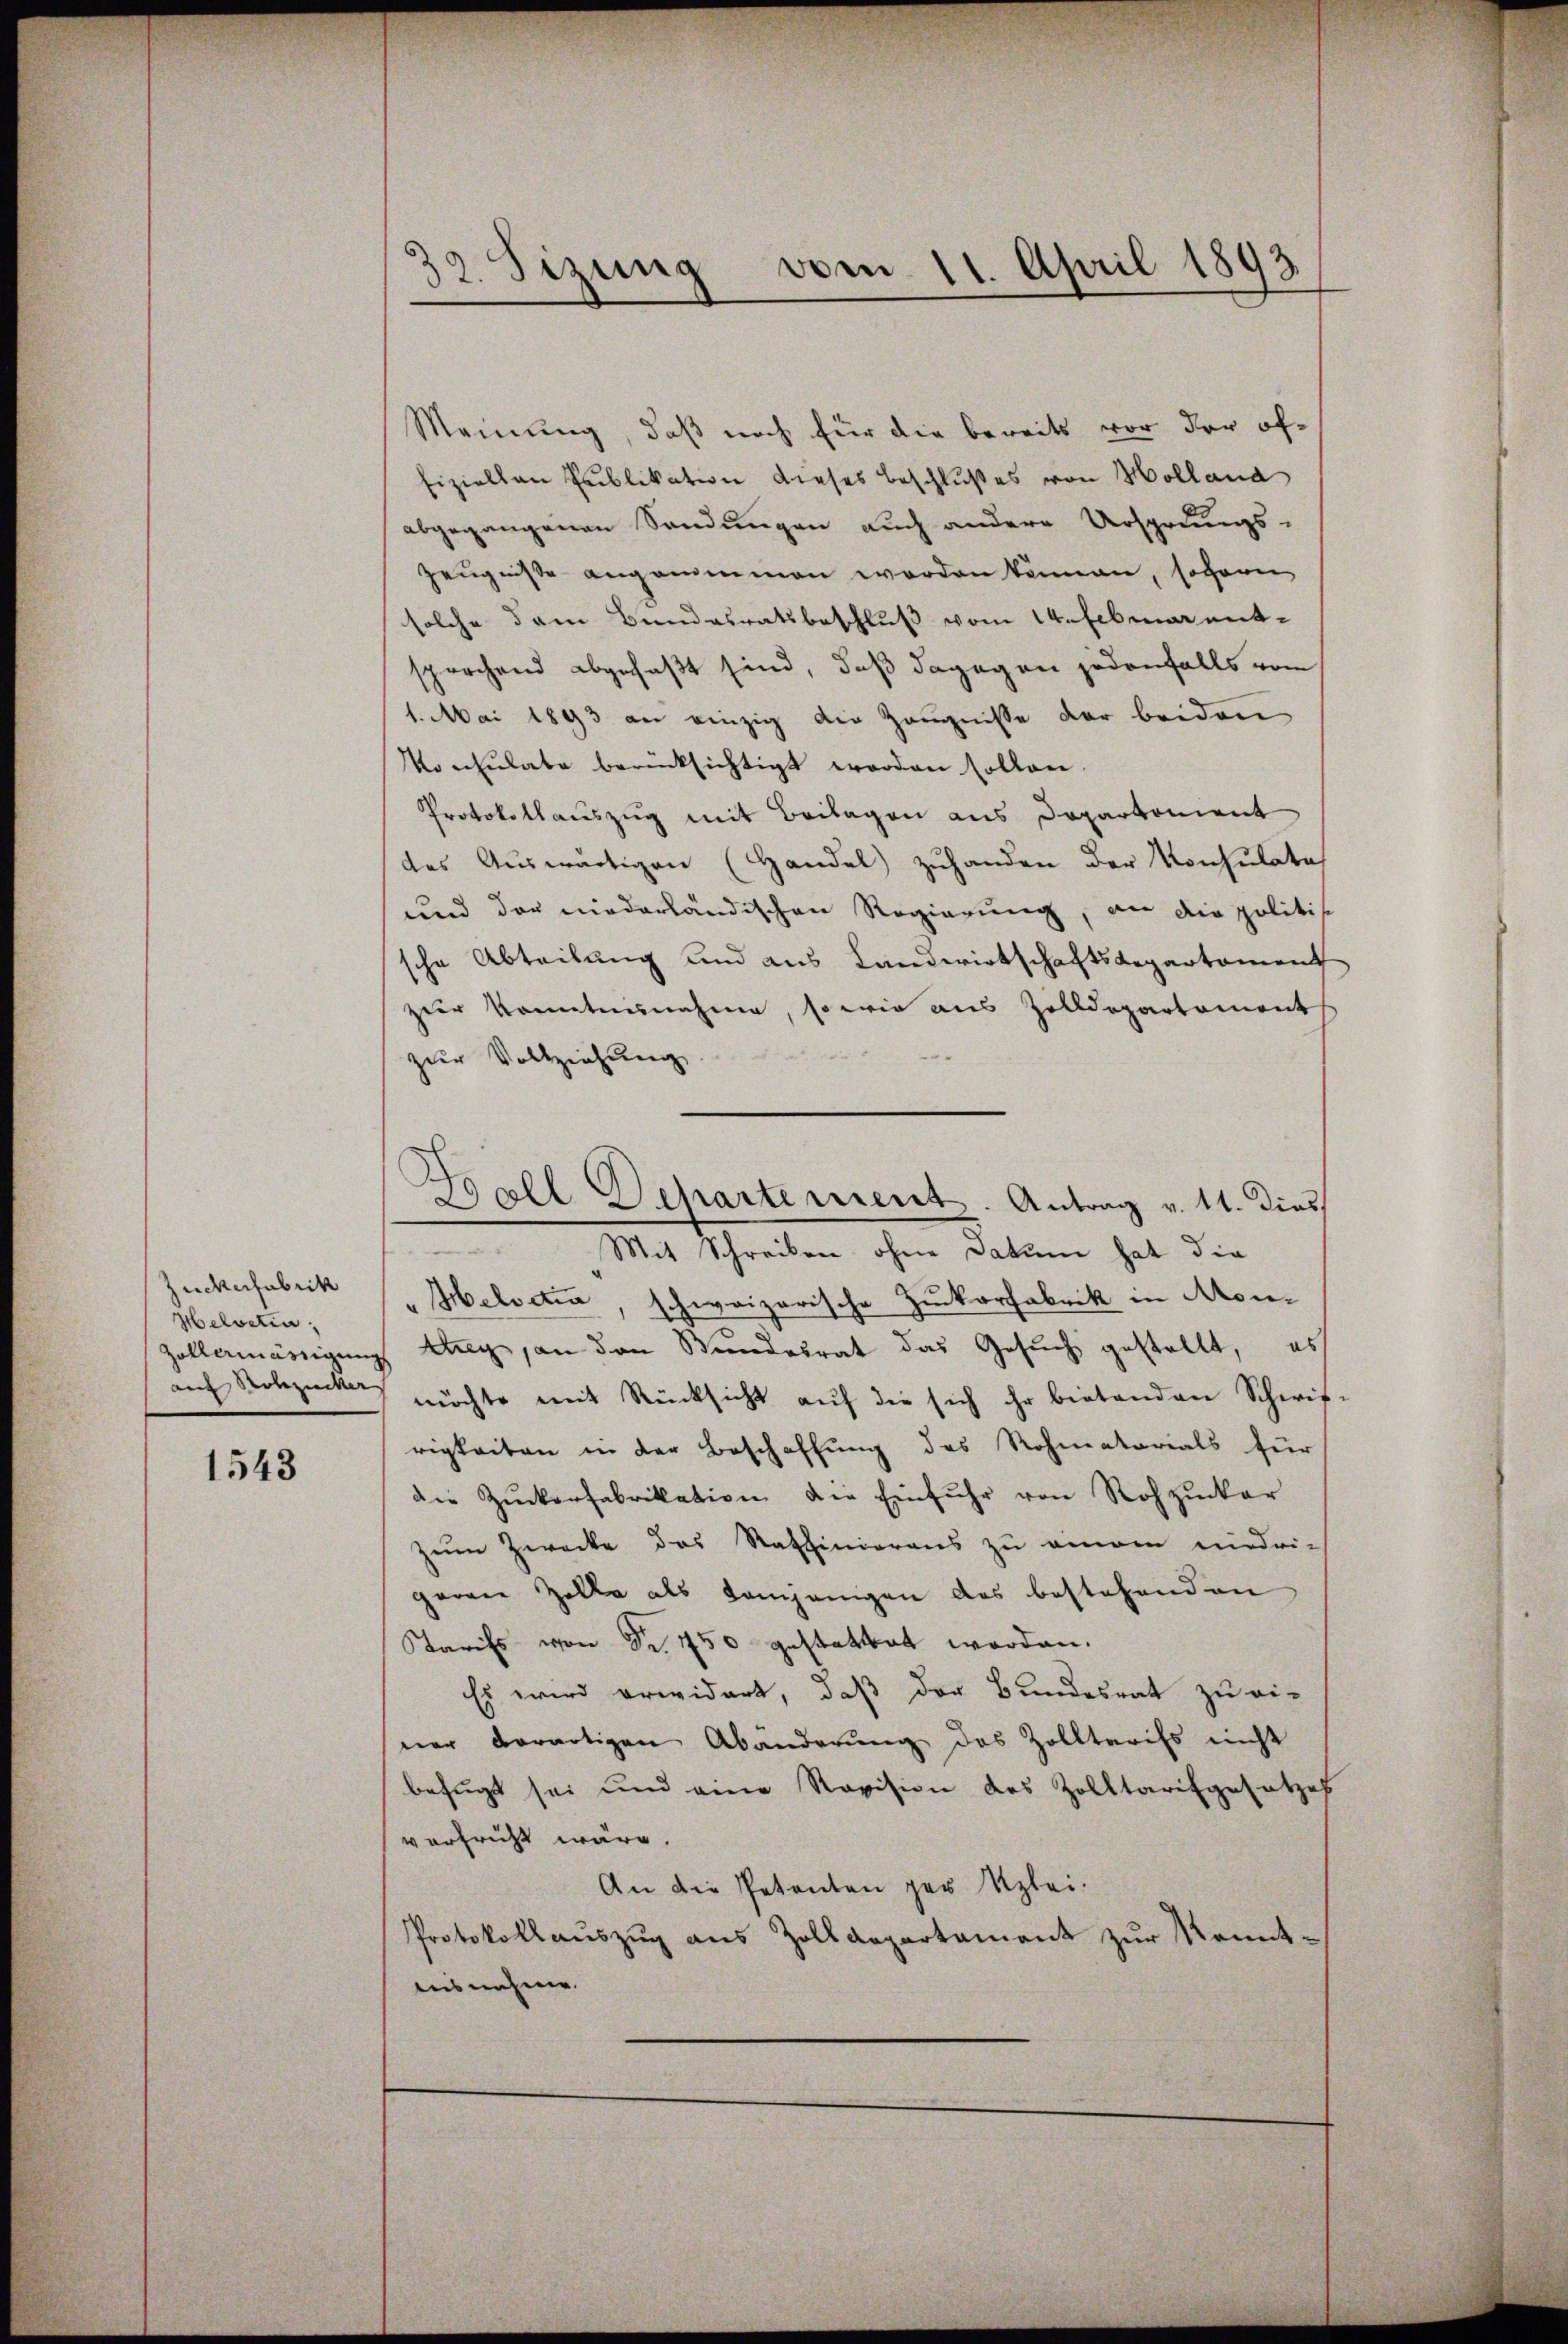
Zuckerfabrik
Helvetia,
am Rohzuckers

1543

0
12. Sizung vom 11. April 1893

Meinung, daß noch für die bereits vor der öffiziellen Publikation dieses Beschlußes von Holland
abgegangenen Sendungen auch andere Ursprungs-
zeugnisse angenommen worden können, sofern
solche dem Bundesratsbeschluß vom 14. Februar entsprochend abgefaßt sind, daß dagegen jedenfalls vom
1. Mai 1893 an einzig die Zeugnisse der beiden
Konsulate berücksichtigt worden sollen.
Protokollauszug mit Beilagen aus Departement
des Aŭswärtigen (Handel zŭhanden der Konsulate
und der niederländischen Regierung, an die politisc
sche Abteibung und aus Landwirtschaftsdepartement
zier kanntnisnahme, so wie aus Zolldepartement
zur Vollziehung
Zollermässigung Aug, an den Wundesrat das Gesuch gestellt, es
möchte mit Rücksicht aŭf die sich ihr bietenden Schwif
rigkeiten in der Beschaffung des Rohmatorials für
die Zuckerfabrikation die Einfuhr von Rohzucker
Zum Zwecke des Raffinierens zu einem niedri-
geren Zelle als Kamjenigen des bestehenden
Karils von Fr. 450 gestattet worden.
Es wird erwidert, daß der Bundesrat zu ei-
ner derartigen Abänderŭng des Zolltarifs nicht
befugt sei und eine Revision des Zolltarifgesetzes
verricht wäre.
An die Petenten per Klei¬
Protokollauszug aus Zolldepartament zur Kenntausnahme.

Ball Departement. Antrag v. 11. Dies
Mit Schreiben ohne Datum hat die
Ibelvetia, schweizerische Zuckerfabrik in Mon¬